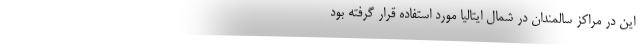
این در مراکز سالمندان در شمال ایتالیا مورد استفاده قرار گرفته بود